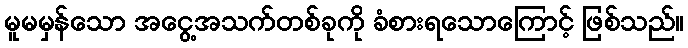
မူမမှန်သော အငွေ့အသက်တစ်ခုကို ခံစားရသောကြောင့် ဖြစ်သည်။